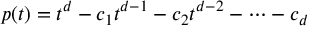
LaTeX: p ( t ) = t ^ { d } - c _ { 1 } t ^ { d - 1 } - c _ { 2 } t ^ { d - 2 } - \cdots - c _ { d }